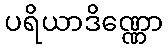
ပရိယာဒိဏ္ဏော